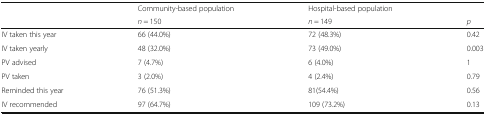
| <ROWSPAN=2>  | Community-based population | Hospital-based population |  |
 | n = 150 | n = 149 | p |
 | --- | --- | --- | --- |
 | IV taken this year | 66 (44.0%) | 72 (48.3%) | 0.42 |
 | IV taken yearly | 48 (32.0%) | 73 (49.0%) | 0.003 |
 | PV advised | 7 (4.7%) | 6 (4.0%) | 1 |
 | PV taken | 3 (2.0%) | 4 (2.4%) | 0.79 |
 | Reminded this year | 76 (51.3%) | 81(54.4%) | 0.56 |
 | IV recommended | 97 (64.7%) | 109 (73.2%) | 0.13 |